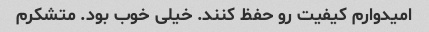
امیدوارم کیفیت رو حفظ کنند. خیلی خوب بود. متشکرم